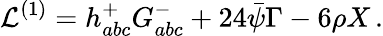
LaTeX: {\cal L}^{(1)}=h_{abc}^{+}G_{abc}^{-}+24\bar{\psi}\Gamma-6\rho X\, .